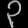
Digit: ၃